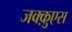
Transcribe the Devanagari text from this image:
जक्क़ुएस